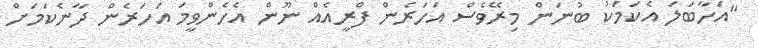
"އަހާބަލަ އެކަމަކު ބުނަން މިރޭވެސް އަހަރެން ފްރީއެއް ނޫން އެހެންވީމަ އަހަރެން ދާނެކަމަށް